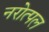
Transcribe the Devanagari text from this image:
नरोत्पल